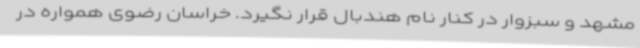
مشهد و سبزوار در کنار نام هندبال قرار نگیرد. خراسان رضوی همواره در